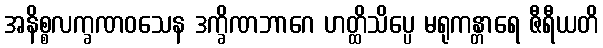
အနိစ္စလက္ခဏဝသေန ဒက္ခိဏဘာဂေ ဟတ္ထိသိပ္ပေ မရုကန္တာရေ ဇီရီယတိ